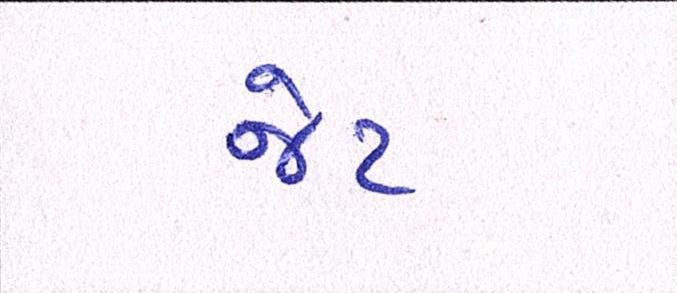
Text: જેટ